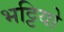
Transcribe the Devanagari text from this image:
भट्टियो